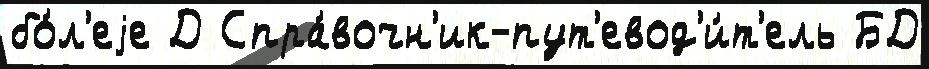
бо́л'еjе Д Спра́вочн'ик-пут'евод'и́т'ель БД